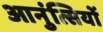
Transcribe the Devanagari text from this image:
आनुंत्सियों